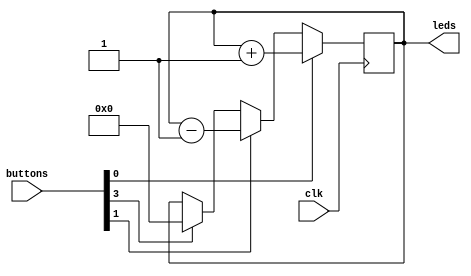
module counter #(
    parameter CYCLES_PER_SECOND = 125_000_000
)(
    input clk,
    input [3:0] buttons,
    output [3:0] leds
);
    reg [3:0] counter = 0;
    assign leds = counter;

    always @(posedge clk) begin
        if (buttons[0])
            counter <= counter + 4'd1;
        else if (buttons[1])
            counter <= counter - 4'd1;
        else if (buttons[3])
            counter <= 4'd0;
        else
            counter <= counter;
    end
endmodule